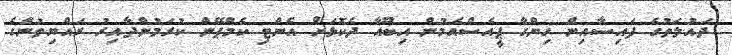
ދައުލަތުގެ ފައިސާއިން ހިންގާ ޕީއެސްއެމުން އިބޫއާ ދެކޮޅަށް އެންޓި ކެމްޕޭން ކުރަމުންދާއިރު ރައްޔިތުންގެ